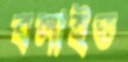
বলাইত